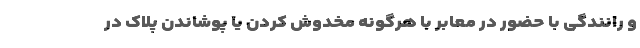
و رانندگی با حضور در معابر با هرگونه مخدوش کردن یا پوشاندن پلاک در